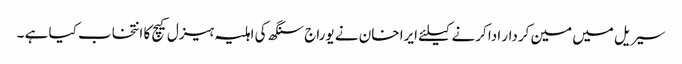
سیریل میں مین کردار ادا کرنے کیلئے ایرا خان نے یوراج سنگھ کی اہلیہ ہیزل کیچ کا انتخاب کیا ہے ۔